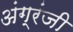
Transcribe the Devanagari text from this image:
अंग्रंजी